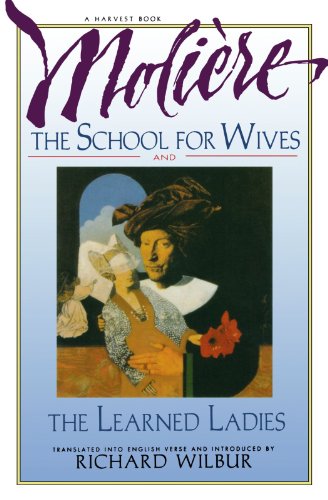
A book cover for The School for Wives and The Learned Ladies, by Moliere: Two comedies in an acclaimed translation.; Jean-Baptiste Moliere; Literature & Fiction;